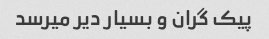
پیک گران و بسیار دیر میرسد